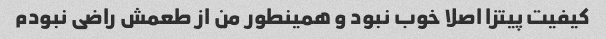
کیفیت پیتزا اصلا خوب نبود و همینطور من از طعمش راضی نبودم